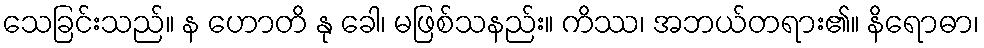
သေခြင်းသည်။ န ဟောတိ နု ခေါ၊ မဖြစ်သနည်း။ ကိဿ၊ အဘယ်တရား၏။ နိရောဓာ၊